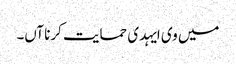
میں وی ایہدی حمایت کرنا آں۔